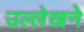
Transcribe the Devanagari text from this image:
उल्लेखने